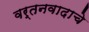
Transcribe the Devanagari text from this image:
वर्तनवादाचे